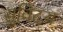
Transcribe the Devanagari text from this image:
सुविदय